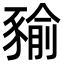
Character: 𧱬